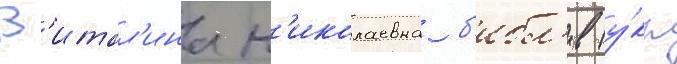
В'итал'ина н'иколаевна б'ибл'ив (у́кр